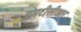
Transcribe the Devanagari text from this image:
एमटीसीआर